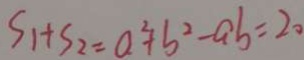
S _ { 1 } + S _ { 2 } = a ^ { 2 } + b ^ { 2 } - a b = 2 0